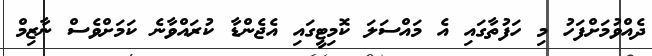
ދެއްވުމަށްފަހު މި ހަފުތާގައި އެ މައްސަލަ ކޮމިޓީގައި އެޖެންޑާ ކުރައްވާނެ ކަމަށްވެސް ނާޒިމް